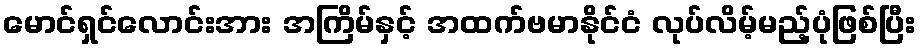
မောင်ရှင်လောင်းအား အကြိမ်နှင့် အထက်ဗမာနိုင်ငံ လုပ်လိမ့်မည့်ပုံဖြစ်ပြီး